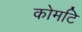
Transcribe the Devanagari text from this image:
कोमटि